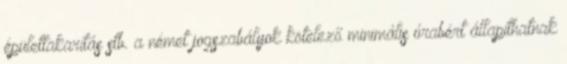
épülettakarítás stb. a német jogszabályok kötelező minimális órabért állapíthatnak